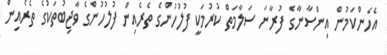
އެހެންކަމުން އިންސާނާގެ ފުރާނަ ސަލާމަތް ކުރުމަކީ ފުލުހުންގެ ތެރެއިން ފުލުހުންގެ ވާޖިބުތަކުގެ ތެރެއިން